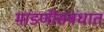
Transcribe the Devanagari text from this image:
मांडणीसंबंधात